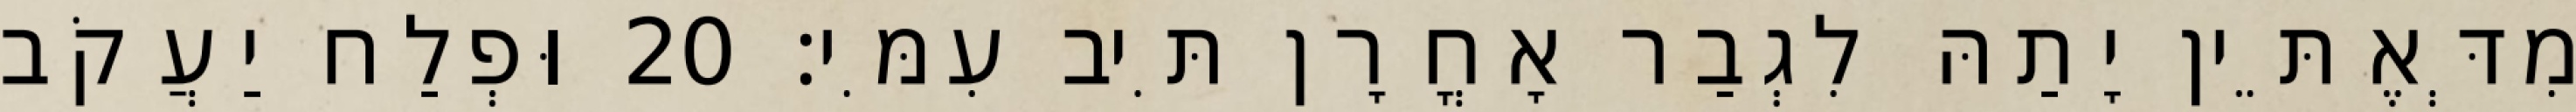
מִדְּאֶתֵּין יָתַהּ לִגְבַר אָחֳרָן תִּיב עִמִּי׃ 20 וּפְלַח יַעֲקֹב